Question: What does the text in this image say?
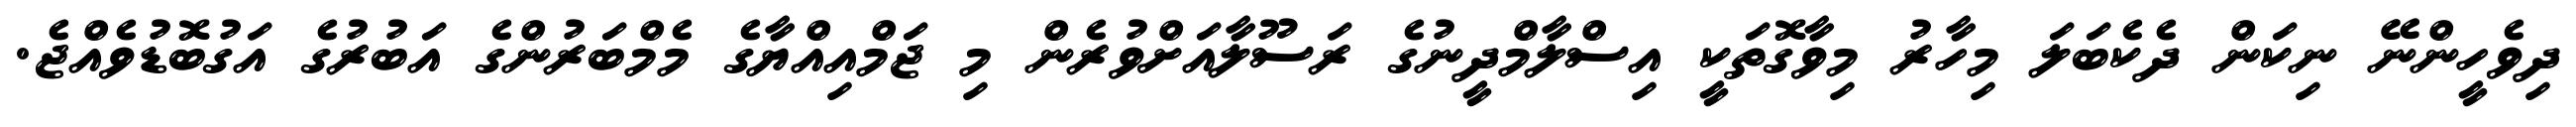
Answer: ދިވެހީންނޭ ނިކަން ދެކެބަލަ މިހާރު މިވާގޮތަކީ އިސްލާމްދީނުގެ ރަސޫލާއަށްވުރެން މި ޖަމްއިއްޔާގެ މެމްބަރުންގެ އަބުރުގެ އަގުބޮޑުވެއްޖެ.